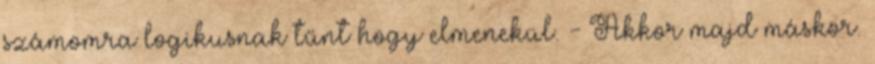
számomra logikusnak tűnt hogy elmenekül. - Akkor majd máskor.